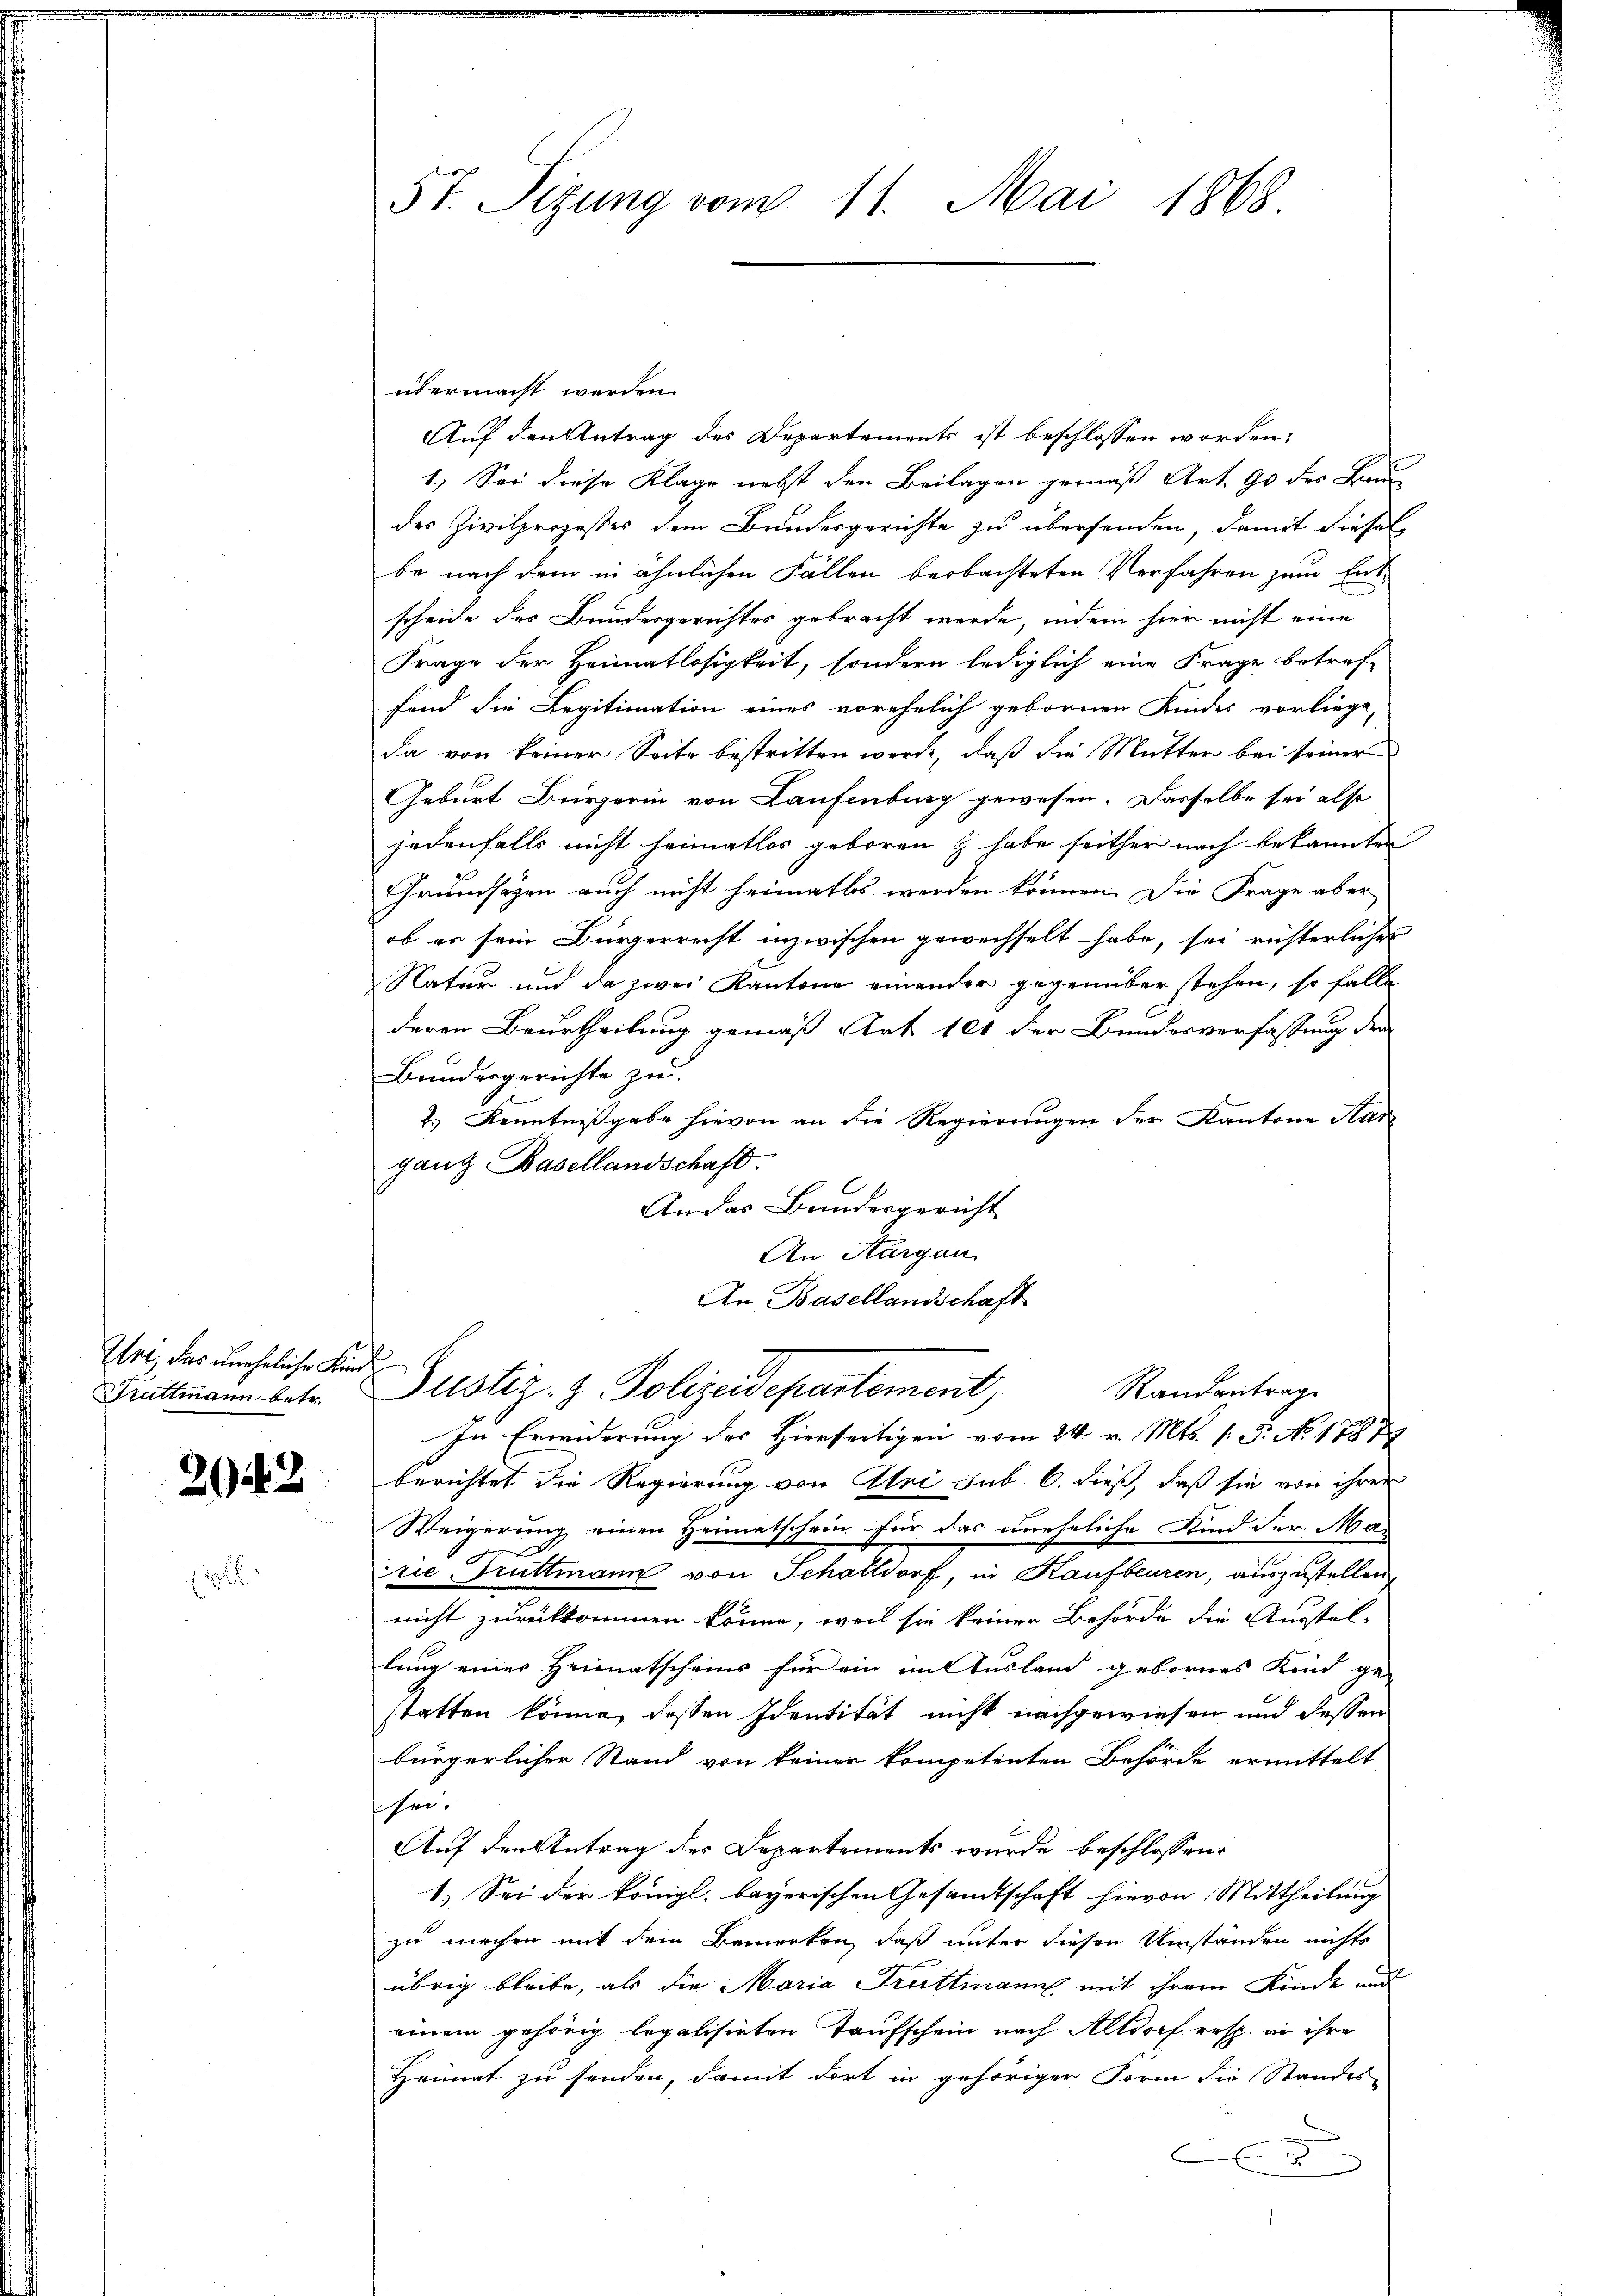
Uri, das uneheliche Kind
Truttmann betr.

2043

5t. Sitzung vom 11. Mai 1868.

übermacht werden.
Auf den Antrag des Departements ist beschlossen worden;
1.) Sei diese Klage nebst den Beilagen gemäß Art. 90 des Bau-
des Zivilprozesser dem Bundesgerichte zu übersenden, damit dieses
be nach dem in ähnlichen Fällen beobachteten Verfahren zum Entscheide des Bundesgerichtes gebracht werde, indem hier nicht eine
Frage der Heimatlosigkeit, sondern lediglich eine Frage betref-
fend die Legitimation eines vorehelich gebornen Kindes vorliege,
Da von keiner Seite bestritten werde, daß die Mutter bei seiner
Geburt Bürgerin von Laufenburg gewesen. Dasselbe sei also
jedenfalls nicht heimatlos geboren & habe seither nach bekannten
Grundsätzen auch nicht heimatlos werden können. Die Frage aber
ob es sein Bürgerrecht inzwischen gewechselt habe, sei richterlicher
Natur und da zwei Kantone einander gegenüber stehen, so falle
deren Beurtheilung gemäß Art 101 der Bundesverfassung der
Bundesgerichte zu.
2.) Kenntnißgabe hievon an die Regierungen der Kantone Han
ganz Basellandschaft.
An das Bundesgericht
An Aargau.
An Basellandschaft
Justiz- & Polizeidepartement,
Randantrag
In Erwiderung des Hierseitigen vom 24. v. Mts. 1. P. Nr. 1787
berichtet die Regierung von Uri sub. 6. dieß, daß sie von ihrer
Weigerung einen Heimatschein für das uneheliche Kind der Mai
rie Druttmann von Schattdorf, in Kaufbeuren, auszustellen
nicht zurückkommen könne, weil sie keiner Behörde die Ausstel-
lung einer Heimatscheins für ein in Ausland gebornes Kind ge-
statten könne, dessen Identität nicht nachgewiesen und dessen
bürgerlicher Stand von keiner kompetenten Behörde ermittelt
hre.
Auf den Antrag des Departements wurde beschlossen:
1.) Sei der königl. bayerischen Gesandtschaft hievon Mittheilung
zu machen mit dem Bemerken, daß unter diesen Umständen nichts
übrig bleibe, als die Maria Truttmann mit ihrem Kinde auf
einem gehörig legalisirten Taufschein nach Altdorf resp. in ihre
Heimat zu senden, damit dort in gehöriger Form die Standes-
x